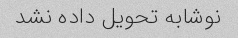
نوشابه تحویل داده نشد